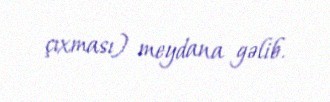
çıxması) meydana gəlib.